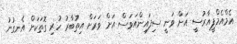
އެމްއެމްޕީއާރުސީ އަށް ވަނީ ސިފައިންއަވަސް އަށް ވަރަށް އިތުބާރު ހުރި ގޮތަކަށް އެނގުނު